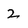
Character: 2